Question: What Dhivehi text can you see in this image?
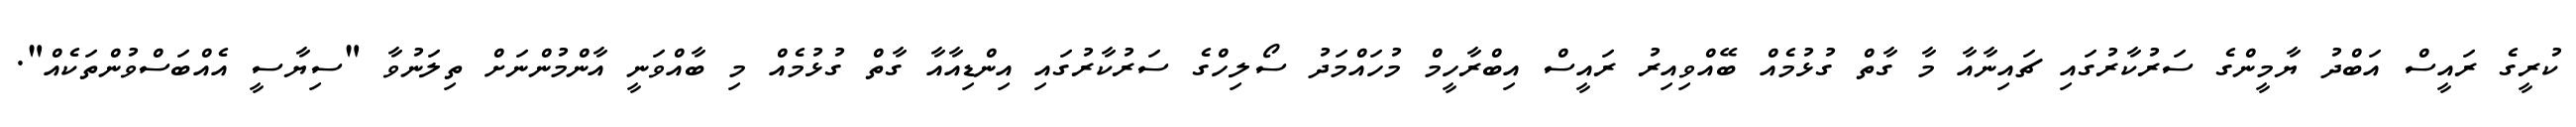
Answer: ކުރީގެ ރައީސް އަބްދު ޔާމީންގެ ސަރުކާރުގައި ޗައިނާއާ މާ ގާތް ގުޅުމެއް ބޭއްވިއިރު ރައީސް އިބްރާހީމް މުހައްމަދު ސޯލިހްގެ ސަރުކާރުގައި އިންޑިއާއާ ގާތް ގުޅުމެއް މި ބާއްވަނީ އާންމުންނަށް ތިލަނުވާ "ސިޔާސީ އެއްބަސްވުންތަކެއް".